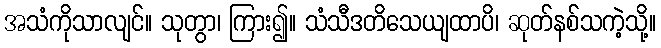
အသံကိုသာလျင်။ သုတွာ၊ ကြား၍။ သံသီဒတိသေယျထာပိ၊ ဆုတ်နစ်သကဲ့သို့။